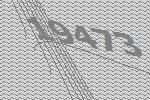
19473